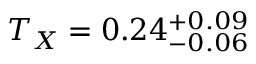
T _ { X } = 0 . 2 4 _ { - 0 . 0 6 } ^ { + 0 . 0 9 }